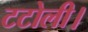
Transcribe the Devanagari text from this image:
टटोली।